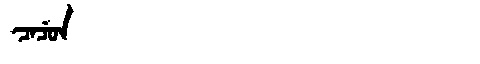
Manchu: ᠴᠠᠴᡠᠨ
Romanization: CACUN